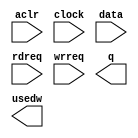
module rule_32_30 (
	aclr,
	clock,
	data,
	rdreq,
	wrreq,
	q,
	usedw);

	input	  aclr;
	input	  clock;
	input	[29:0]  data;
	input	  rdreq;
	input	  wrreq;
	output	[29:0]  q;
	output	[4:0]  usedw;

endmodule